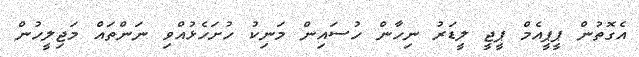
އެގޮތުން ޕީޕީއެމް ޕީޖީ ލީޑަރު ނިހާން ހުސައިން މަނިކު ހުށަހެޅުއްވި ނަންތައް މަޖިލީހުން